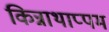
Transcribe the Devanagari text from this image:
किन्नाथाप्पम